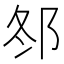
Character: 𨚟